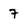
Character: 7